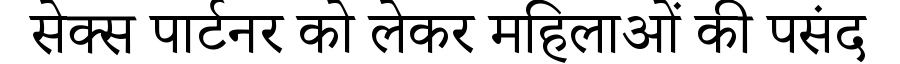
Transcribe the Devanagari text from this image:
सेक्स पार्टनर को लेकर महिलाओं की पसंद